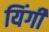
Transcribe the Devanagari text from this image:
यिंगी